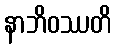
နာဘိဝဿတိ